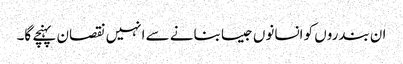
ان بندروں کو انسانوں جیسا بنانے سے انہیں نقصان پہنچے گا۔